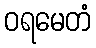
ဝရမေတံ